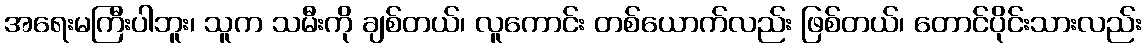
အရေးမကြီးပါဘူး၊ သူက သမီးကို ချစ်တယ်၊ လူကောင်း တစ်ယောက်လည်း ဖြစ်တယ်၊ တောင်ပိုင်းသားလည်း